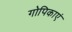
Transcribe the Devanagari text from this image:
गोपिकाएं